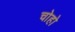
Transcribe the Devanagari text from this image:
चोहो